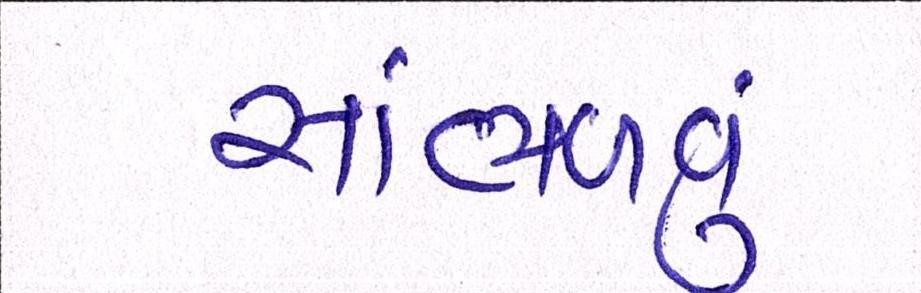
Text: સાંભળવું